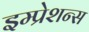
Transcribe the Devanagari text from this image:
इम्प्रेशन्स